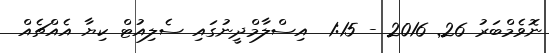
ނޮވެމްބަރު 26